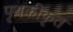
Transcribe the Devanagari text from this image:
पृथकीकृत